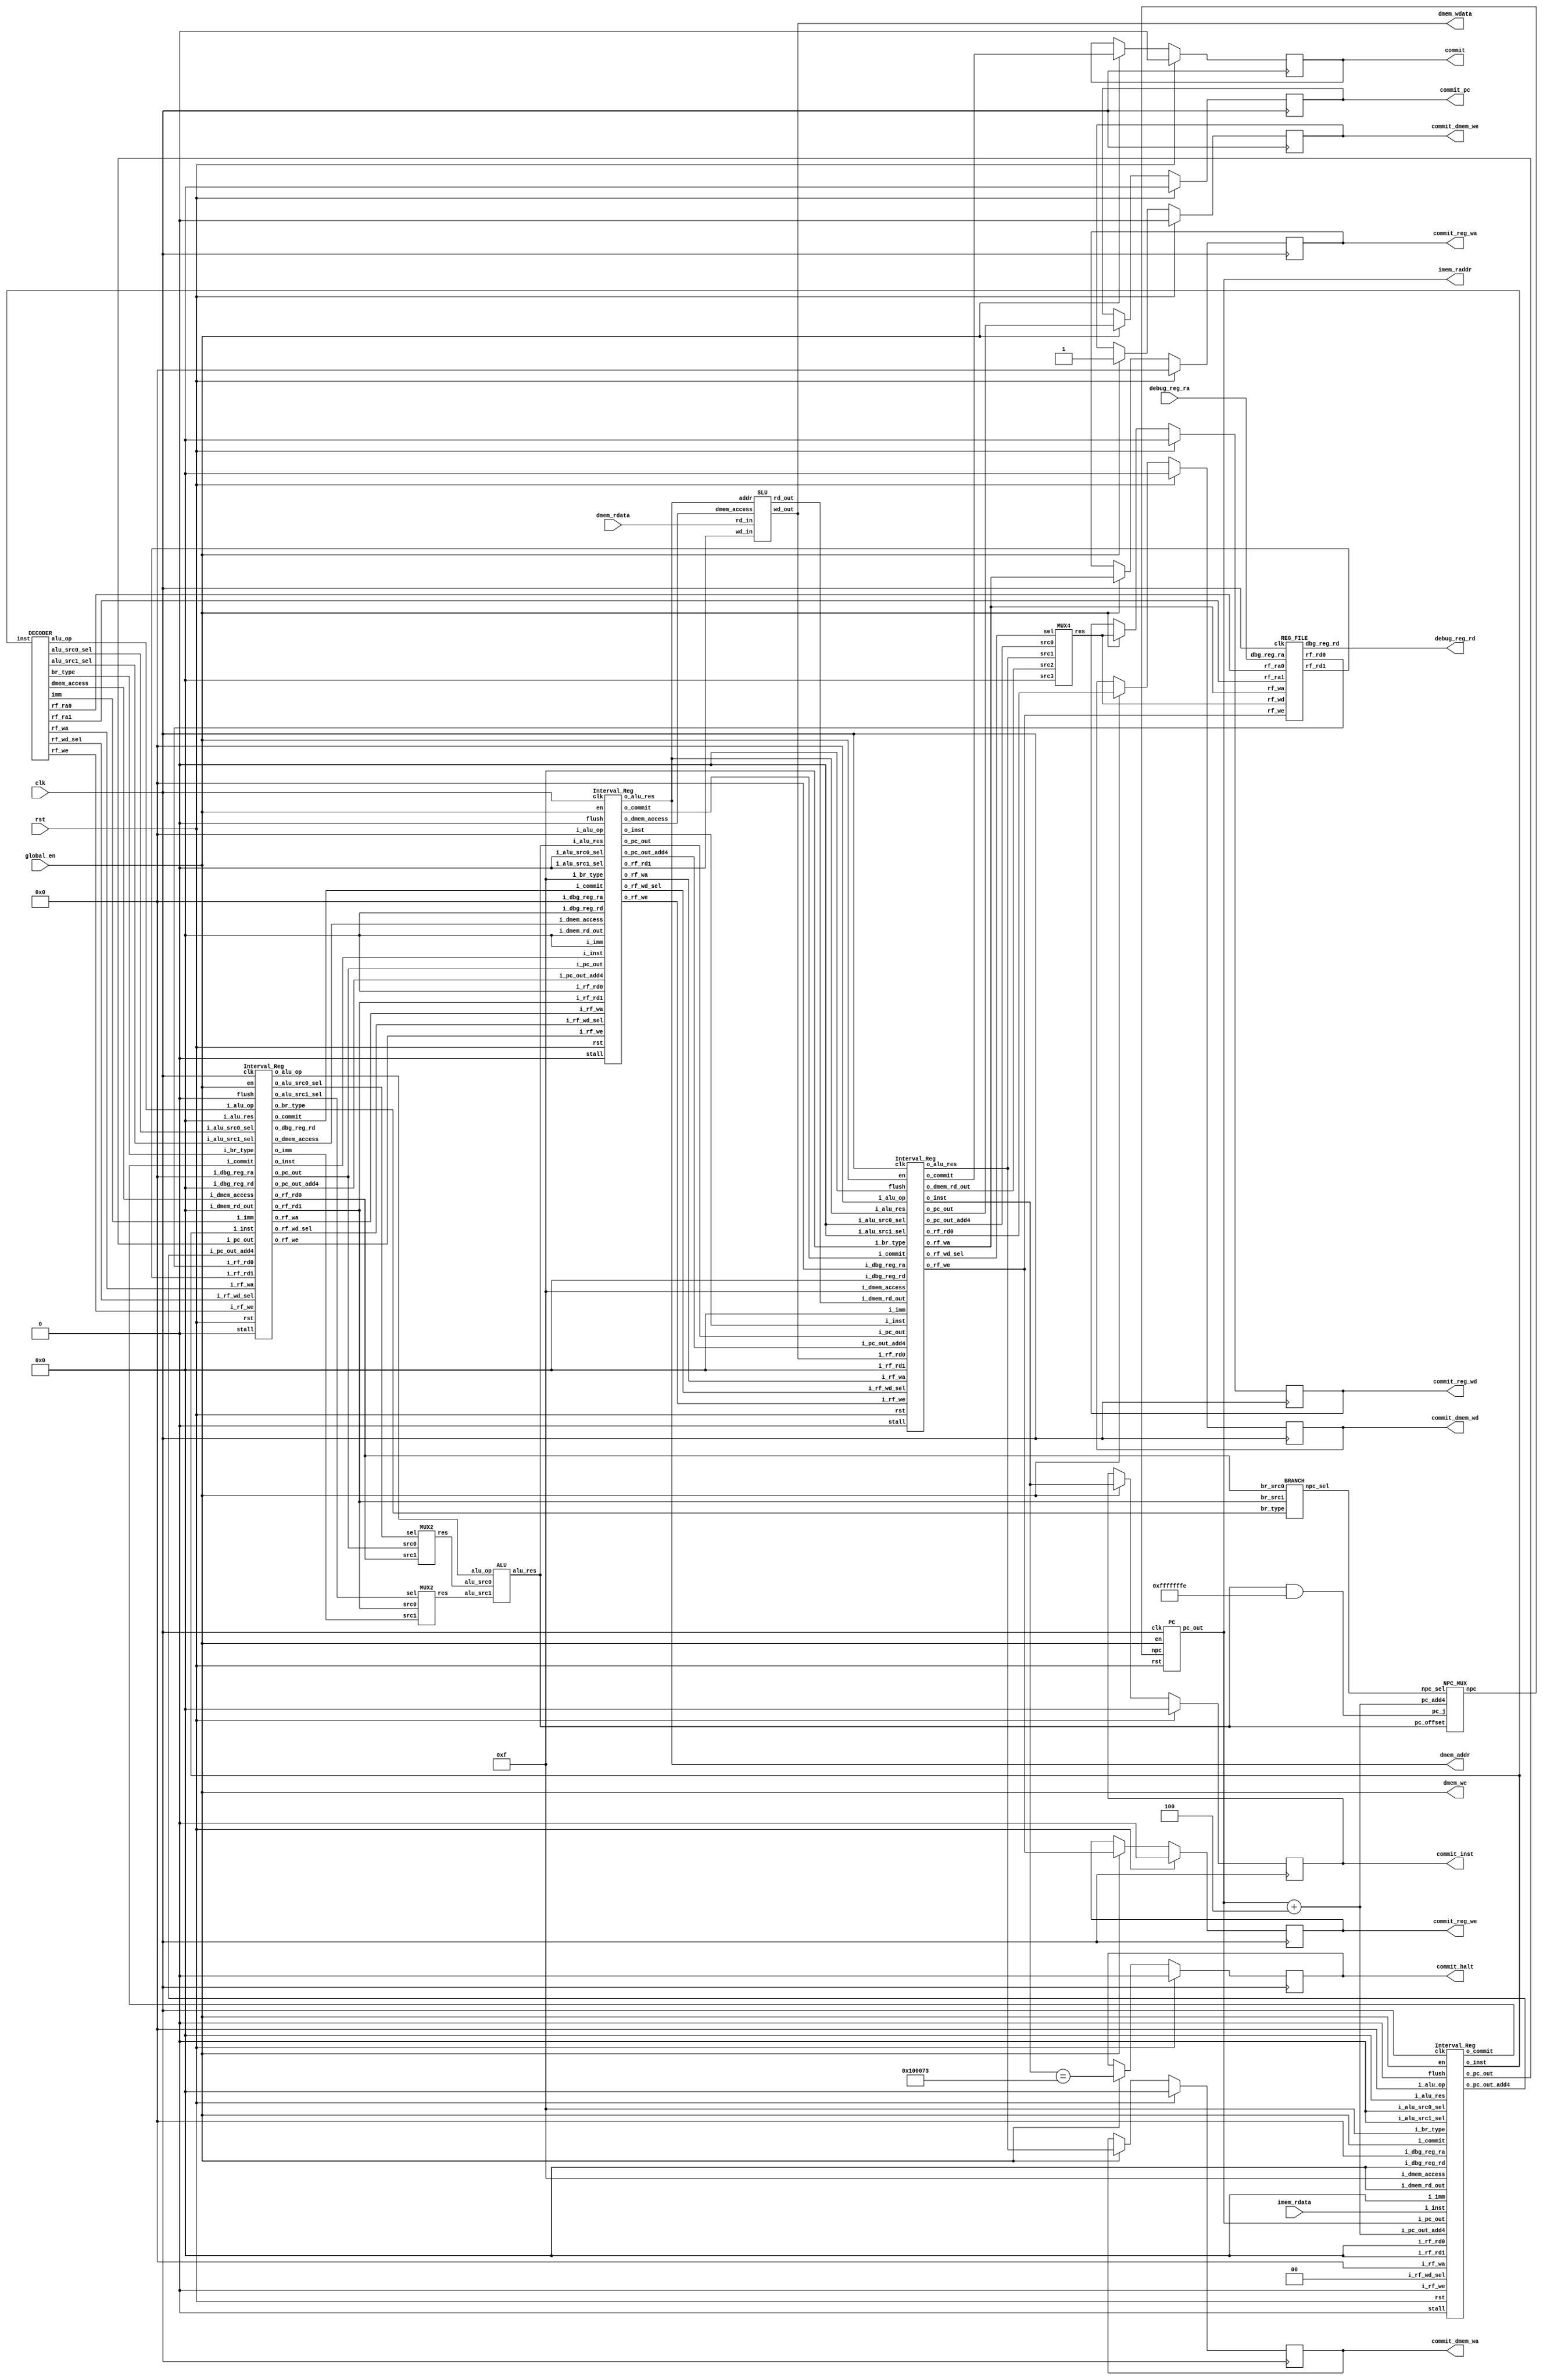
`define ADD                 5'B00000    
`define SUB                 5'B00010   
`define SLT                 5'B00100
`define SLTU                5'B00101
`define AND                 5'B01001
`define OR                  5'B01010
`define XOR                 5'B01011
`define SLL                 5'B01110   
`define SRL                 5'B01111    
`define SRA                 5'B10000  
`define SRC0                5'B10001
`define SRC1                5'B10010
//new
`define jal     4'b1001
`define jalr    4'b1010

`define beq     4'b1000
`define bne     4'b0001
`define blt     4'b0100
`define bge     4'b0101
`define bltu    4'b0110
`define bgeu    4'b0111

`define I_beq     3'b000
`define I_bne     3'b001
`define I_blt     3'b100
`define I_bge     3'b101
`define I_bltu    3'b110
`define I_bgeu    3'b111


`define lb  4'b0000
`define lbu 4'b0001
`define lh  4'b0010
`define lhu 4'b0011
`define lw  4'b0100
`define sb  4'b1000
`define sh  4'b1010
`define sw  4'b1100


module CPU (
    input                   [ 0 : 0]            clk,
    input                   [ 0 : 0]            rst,

    input                   [ 0 : 0]            global_en,

/* ------------------------------ Memory (inst) ----------------------------- */
    output                  [31 : 0]            imem_raddr,
    input                   [31 : 0]            imem_rdata,

/* ------------------------------ Memory (data) ----------------------------- */
    input                   [31 : 0]            dmem_rdata,
    output                  [ 0 : 0]            dmem_we,
    output                  [31 : 0]            dmem_addr,
    output                  [31 : 0]            dmem_wdata,

/* ---------------------------------- Debug --------------------------------- */
    output                  [ 0 : 0]            commit,
    output                  [31 : 0]            commit_pc,
    output                  [31 : 0]            commit_inst,
    output                  [ 0 : 0]            commit_halt,
    output                  [ 0 : 0]            commit_reg_we,
    output                  [ 4 : 0]            commit_reg_wa,
    output                  [31 : 0]            commit_reg_wd,
    output                  [ 0 : 0]            commit_dmem_we,
    output                  [31 : 0]            commit_dmem_wa,
    output                  [31 : 0]            commit_dmem_wd,

    input                   [ 4 : 0]            debug_reg_ra,   // TODO
    output                  [31 : 0]            debug_reg_rd    // TODO
);

//IF
assign dmem_we=global_en;
wire [31:0] pc_out_IF,npc;
PC pc(
    .clk(clk),
    .rst(rst),
    .en(global_en),
    .npc(npc),
    .pc_out(pc_out_IF)
);
assign imem_raddr=pc_out_IF;

wire [31:0] alu_res_EX;
wire [1:0] npc_sel_EX;
NPC_MUX npc_mux(
    .npc_sel(npc_sel_EX),
    .pc_add4(pc_out_IF+4),
    .pc_offset(alu_res_EX),
    .pc_j(alu_res_EX&32'hfffffffe),
    .npc(npc)
);

wire [0:0] flush_IFID,stall_IFID,commit_ID;
wire [31:0] pc_out_ID,pc_out_add4_ID,inst_ID;
Interval_Reg intereg_IFID(
    .rst(rst),
    .en(global_en),
    .flush(1'b0),
    .stall(1'b0),
    .clk(clk),

    .i_pc_out(pc_out_IF),
    .i_pc_out_add4(pc_out_IF+4),
    .i_inst(imem_rdata),

    .i_alu_op(5'b00000),
    .i_dmem_access(4'hf),
    .i_imm(32'h00000000),
    .i_rf_wa(5'b00000),
    .i_rf_we(1'b0),
    .i_rf_wd_sel(2'b00),
    .i_alu_src0_sel(1'b0),
    .i_alu_src1_sel(1'b0),
    .i_br_type(4'hf),

    .i_rf_rd0(32'h00000000),
    .i_rf_rd1(32'h00000000),
    .i_dbg_reg_ra(5'b00000),
    .i_dbg_reg_rd(32'h00000000),

    .i_alu_res(32'h00000000),
    .i_dmem_rd_out(32'h00000000),
    .i_commit(global_en),

    .o_pc_out(pc_out_ID),
    .o_pc_out_add4(pc_out_add4_ID),
    .o_inst(inst_ID),
    .o_commit(commit_ID)
);

//ID
wire [4:0] alu_op_ID,rf_ra0,rf_ra1,rf_wa_ID;
wire [31 : 0] imm_ID;
wire [0:0] rf_we_ID,alu_src0_sel_ID,alu_src1_sel_ID;
wire [3:0] dmem_access_ID,br_type_ID;
wire [1:0] rf_wd_sel_ID;
DECODER decoder(
    .inst(inst_ID),
    .alu_op(alu_op_ID),
    .dmem_access(dmem_access_ID),
    .imm(imm_ID),
    .rf_ra0(rf_ra0),
    .rf_ra1(rf_ra1),
    .rf_wa(rf_wa_ID),
    .rf_we(rf_we_ID),
    .rf_wd_sel(rf_wd_sel_ID),
    .alu_src0_sel(alu_src0_sel_ID),
    .alu_src1_sel(alu_src1_sel_ID),
    .br_type(br_type_ID)
);

wire [31:0] rf_wd_mux_outdata_WB,rf_rd0_ID,rf_rd1_ID;
wire [0:0]  rf_we_WB;
wire [4:0]  rf_wa_WB;
REG_FILE reg_file(
    .clk(clk),
    .rf_ra0(rf_ra0),
    .rf_ra1(rf_ra1),
    .rf_wa(rf_wa_WB),
    .rf_we(rf_we_WB),
    .rf_wd(rf_wd_mux_outdata_WB),
    .rf_rd0(rf_rd0_ID),
    .rf_rd1(rf_rd1_ID),
    .dbg_reg_ra(debug_reg_ra),
    .dbg_reg_rd(debug_reg_rd)
);

wire [31:0] pc_out_EX,pc_out_add4_EX,imm_EX,rf_rd0_EX,rf_rd1_EX,dbg_reg_rd_EX,inst_EX;
wire [4:0]  alu_op_EX,rf_wa_EX;
wire [3:0]  dmem_access_EX,br_type_EX;
wire [1:0]  rf_wd_sel_EX;
wire [0:0]  rf_we_EX,alu_src0_sel_EX,alu_src1_sel_EX,commit_EX;
Interval_Reg intereg_IDEX(
    .rst(rst),
    .en(global_en),
    .flush(1'b0),
    .stall(1'b0),
    .clk(clk),

    .i_pc_out(pc_out_ID),
    .i_pc_out_add4(pc_out_add4_ID),
    .i_inst(inst_ID),

    .i_alu_op(alu_op_ID),
    .i_dmem_access(dmem_access_ID),
    .i_imm(imm_ID),
    .i_rf_wa(rf_wa_ID),
    .i_rf_we(rf_we_ID),
    .i_rf_wd_sel(rf_wd_sel_ID),
    .i_alu_src0_sel(alu_src0_sel_ID),
    .i_alu_src1_sel(alu_src1_sel_ID),
    .i_br_type(br_type_ID),

    .i_rf_rd0(rf_rd0_ID),
    .i_rf_rd1(rf_rd1_ID),
    .i_dbg_reg_ra(5'b00000),
    .i_dbg_reg_rd(32'b00000000),

    .i_alu_res(32'h00000000),
    .i_dmem_rd_out(32'h00000000),
    .i_commit(commit_ID),

    .o_pc_out(pc_out_EX),
    .o_pc_out_add4(pc_out_add4_EX),

    .o_alu_op(alu_op_EX),
    .o_dmem_access(dmem_access_EX),
    .o_inst(inst_EX),
    .o_imm(imm_EX),
    .o_rf_wa(rf_wa_EX),
    .o_rf_we(rf_we_EX),
    .o_rf_wd_sel(rf_wd_sel_EX),
    .o_alu_src0_sel(alu_src0_sel_EX),
    .o_alu_src1_sel(alu_src1_sel_EX),
    .o_br_type(br_type_EX),

    .o_rf_rd0(rf_rd0_EX),
    .o_rf_rd1(rf_rd1_EX),
    .o_dbg_reg_rd(dbg_reg_rd_EX),
    .o_commit(commit_EX)
);

//EX
wire [31:0] alu_src0,alu_src1;
MUX2 mux0(
    .src0(pc_out_EX),
    .src1(rf_rd0_EX),
    .sel(alu_src0_sel_EX),
    .res(alu_src0)
);
MUX2 mux1(
    .src0(rf_rd1_EX),
    .src1(imm_EX),
    .sel(alu_src1_sel_EX),
    .res(alu_src1)
);

BRANCH branch(
    .br_type(br_type_EX),
    .br_src0(rf_rd0_EX),
    .br_src1(rf_rd1_EX),
    .npc_sel(npc_sel_EX)
);

ALU alu(
    .alu_op(alu_op_EX),
    .alu_src0(alu_src0),
    .alu_src1(alu_src1),
    .alu_res(alu_res_EX)
);

wire [31:0] alu_res_MEM,pc_out_MEM,pc_out_add4_MEM,rf_rd1_MEM,inst_MEM;
wire [4:0]  rf_wa_MEM;
wire [3:0]  dmem_access_MEM;
wire [1:0]  rf_wd_sel_MEM;
wire [0:0]  rf_we_MEM,commit_MEM;
Interval_Reg intereg_EXMEM(
    .rst(rst),
    .en(global_en),
    .flush(1'b0),
    .stall(1'b0),
    .clk(clk),

    .i_pc_out(pc_out_EX),
    .i_pc_out_add4(pc_out_add4_EX),
    .i_inst(inst_EX),

    .i_alu_op(5'b00000),
    .i_dmem_access(dmem_access_EX),
    .i_imm(32'h00000000),
    .i_rf_wa(rf_wa_EX),
    .i_rf_we(rf_we_EX),
    .i_rf_wd_sel(rf_wd_sel_EX),
    .i_alu_src0_sel(1'b0),
    .i_alu_src1_sel(1'b0),
    .i_br_type(4'hf),

    .i_rf_rd0(32'h00000000),
    .i_rf_rd1(rf_rd1_EX),
    .i_dbg_reg_ra(5'b00000),
    .i_dbg_reg_rd(32'h00000000),

    .i_alu_res(alu_res_EX),
    .i_dmem_rd_out(32'h00000000),
    .i_commit(commit_EX),

    .o_pc_out(pc_out_MEM),
    .o_pc_out_add4(pc_out_add4_MEM),
    .o_inst(inst_MEM),

    .o_dmem_access(dmem_access_MEM),
    .o_rf_wa(rf_wa_MEM),
    .o_rf_we(rf_we_MEM),
    .o_rf_wd_sel(rf_wd_sel_MEM),
    .o_rf_rd1(rf_rd1_MEM),
    .o_alu_res(alu_res_MEM),
    .o_commit(commit_MEM)
);

//MEM
wire [31:0] dmem_wdata_slu,dmem_rd_out_MEM;
SLU slu(
    .addr(alu_res_MEM),
    .dmem_access(dmem_access_MEM),
    .rd_in(dmem_rdata),
    .rd_out(dmem_rd_out_MEM),
    .wd_in(rf_rd1_MEM),
    .wd_out(dmem_wdata_slu)
);
assign dmem_wdata=dmem_wdata_slu;
assign dmem_addr=alu_res_MEM;

wire [31:0] alu_res_WB,pc_out_WB,pc_out_add4_WB,inst_WB,dmem_rd_out_WB,dmem_addr_WB,dmem_wdata_WB;
wire [1:0]  rf_wd_sel_WB;
wire [0:0]  commit_WB;
Interval_Reg intereg_MEMWB(
    .rst(rst),
    .en(global_en),
    .flush(1'b0),
    .stall(1'b0),
    .clk(clk),

    .i_pc_out(pc_out_MEM),
    .i_pc_out_add4(pc_out_add4_MEM),
    .i_inst(inst_MEM),

    .i_alu_op(5'b00000),
    .i_dmem_access(4'hf),
    .i_imm(32'h00000000),
    .i_rf_wa(rf_wa_MEM),
    .i_rf_we(rf_we_MEM),
    .i_rf_wd_sel(rf_wd_sel_MEM),
    .i_alu_src0_sel(1'b0),
    .i_alu_src1_sel(1'b0),
    .i_br_type(4'hf),

    .i_rf_rd0(dmem_wdata_slu),//
    .i_rf_rd1(32'h00000000),
    .i_dbg_reg_ra(5'b00000),
    .i_dbg_reg_rd(32'h00000000),

    .i_alu_res(alu_res_MEM),
    .i_dmem_rd_out(dmem_rd_out_MEM),
    .i_commit(commit_MEM),

    .o_pc_out(pc_out_WB),
    .o_pc_out_add4(pc_out_add4_WB),
    .o_inst(inst_WB),

    .o_rf_rd0(dmem_wdata_WB),//

    .o_rf_wa(rf_wa_WB),
    .o_rf_we(rf_we_WB),
    .o_rf_wd_sel(rf_wd_sel_WB),
    .o_alu_res(alu_res_WB),
    .o_dmem_rd_out(dmem_rd_out_WB),
    .o_commit(commit_WB)
);

//WB
MUX4 rf_wd_mux(
    .src0(pc_out_add4_WB),
    .src1(alu_res_WB),
    .src2(dmem_rd_out_WB),
    .src3(32'h00000000),
    .sel(rf_wd_sel_WB),
    .res(rf_wd_mux_outdata_WB)
);



    // Commit
    reg  [ 0 : 0]   commit_reg          ;
    reg  [31 : 0]   commit_pc_reg       ;
    reg  [31 : 0]   commit_inst_reg     ;
    reg  [ 0 : 0]   commit_halt_reg     ;
    reg  [ 0 : 0]   commit_reg_we_reg   ;
    reg  [ 4 : 0]   commit_reg_wa_reg   ;
    reg  [31 : 0]   commit_reg_wd_reg   ;
    reg  [ 0 : 0]   commit_dmem_we_reg  ;
    reg  [31 : 0]   commit_dmem_wa_reg  ;
    reg  [31 : 0]   commit_dmem_wd_reg  ;

    // Commit
    always @(posedge clk) begin
        if (rst) begin
            commit_reg          <= 1'B0;
            commit_pc_reg       <= 32'H0;
            commit_inst_reg     <= 32'H0;
            commit_halt_reg     <= 1'B0;
            commit_reg_we_reg   <= 1'B0;
            commit_reg_wa_reg   <= 5'H0;
            commit_reg_wd_reg   <= 32'H0;
            commit_dmem_we_reg  <= 1'B0;
            commit_dmem_wa_reg  <= 32'H0;
            commit_dmem_wd_reg  <= 32'H0;
        end
        else if (global_en) begin
            commit_reg          <= commit_WB;
            commit_pc_reg       <= pc_out_WB;   // TODO
            commit_inst_reg     <= inst_WB;   // TODO
            commit_halt_reg     <= inst_WB==32'h00100073;   // TODO
            commit_reg_we_reg   <= rf_we_WB;   // TODO
            commit_reg_wa_reg   <= rf_wa_WB;   // TODO
            commit_reg_wd_reg   <= rf_wd_mux_outdata_WB;   // TODO
            commit_dmem_we_reg  <= global_en;   // TODO
            commit_dmem_wa_reg  <= alu_res_WB;   // TODO
            commit_dmem_wd_reg  <= dmem_wdata_WB;   // TODO
        end
    end

    assign commit           = commit_reg;
    assign commit_pc        = commit_pc_reg;
    assign commit_inst      = commit_inst_reg;
    assign commit_halt      = commit_halt_reg;
    assign commit_reg_we    = commit_reg_we_reg;
    assign commit_reg_wa    = commit_reg_wa_reg;
    assign commit_reg_wd    = commit_reg_wd_reg;
    assign commit_dmem_we   = commit_dmem_we_reg;
    assign commit_dmem_wa   = commit_dmem_wa_reg;
    assign commit_dmem_wd   = commit_dmem_wd_reg;

endmodule


module PC (
    input                   [ 0 : 0]            clk,
    input                   [ 0 : 0]            rst,
    input                   [ 0 : 0]            en,
    input                   [31 : 0]            npc,

    output                  [31 : 0]            pc_out
);
reg [31:0] pc;
always @(posedge clk) begin
    if(rst)
        pc<=32'h00400000;
    else if(en)
        pc<=npc;
end

assign pc_out=pc;

endmodule






module Interval_Reg (
    input                  [ 0 : 0]            rst,
    input                  [ 0 : 0]            en,
    input                  [ 0 : 0]            flush,
    input                  [ 0 : 0]            stall,
    input                  [ 0 : 0]            clk,
    //pc
    input                  [31 : 0]            i_pc_out,
    input                  [31 : 0]            i_pc_out_add4,
    input                  [31 : 0]            i_inst,
    //decoder
    input                  [ 4 : 0]            i_alu_op,
    input                  [ 3 : 0]            i_dmem_access,
    input                  [31 : 0]            i_imm,
    input                  [ 4 : 0]            i_rf_wa,
    input                  [ 0 : 0]            i_rf_we,
    input                  [ 1 : 0]            i_rf_wd_sel,
    input                  [ 0 : 0]            i_alu_src0_sel,
    input                  [ 0 : 0]            i_alu_src1_sel,
    input                  [ 3 : 0]            i_br_type,
    //RegFile
    input                   [31 : 0]           i_rf_rd0,
    input                   [31 : 0]           i_rf_rd1,
    input                   [ 4 : 0]           i_dbg_reg_ra,
    input                   [31 : 0]           i_dbg_reg_rd,
    //ALU
    input                   [31 : 0]           i_alu_res,
    //SLU
    input                   [31 : 0]           i_dmem_rd_out,
    //commit
    input                   [ 0 : 0]           i_commit,



    output                  [31 : 0]           o_pc_out,
    output                  [31 : 0]           o_pc_out_add4,
    output                  [31 : 0]           o_inst,
    //decoder
    output                  [ 4 : 0]           o_alu_op,
    output                  [ 3 : 0]           o_dmem_access,
    output                  [31 : 0]           o_imm,
    output                  [ 4 : 0]           o_rf_wa,
    output                  [ 0 : 0]           o_rf_we,
    output                  [ 1 : 0]           o_rf_wd_sel,
    output                  [ 0 : 0]           o_alu_src0_sel,
    output                  [ 0 : 0]           o_alu_src1_sel,
    output                  [ 3 : 0]           o_br_type,
    //RegFile
    output                   [31 : 0]          o_rf_rd0,
    output                   [31 : 0]          o_rf_rd1,
    output                   [ 4 : 0]          o_dbg_reg_ra,
    output                   [31 : 0]          o_dbg_reg_rd,
    //ALU
    output                   [31 : 0]          o_alu_res,
    //SLU
    output                   [31 : 0]          o_dmem_rd_out,
    //commit
    output                   [ 0 : 0]          o_commit
);

    reg                  [31 : 0]            pc_out;
    reg                  [31 : 0]            pc_out_add4;
    reg                  [31 : 0]            inst;
    //decoder
    reg                  [ 4 : 0]            alu_op;
    reg                  [ 3 : 0]            dmem_access;
    reg                  [31 : 0]            imm;
    reg                  [ 4 : 0]            rf_wa;
    reg                  [ 0 : 0]            rf_we;
    reg                  [ 1 : 0]            rf_wd_sel;
    reg                  [ 0 : 0]            alu_src0_sel;
    reg                  [ 0 : 0]            alu_src1_sel;
    reg                  [ 3 : 0]            br_type;
    //RegFile
    reg                   [31 : 0]           rf_rd0;
    reg                   [31 : 0]           rf_rd1;
    reg                   [ 4 : 0]           dbg_reg_ra;
    reg                   [31 : 0]           dbg_reg_rd;
    //ALU
    reg                   [31 : 0]           alu_res;
    //SLU
    reg                   [31 : 0]           dmem_rd_out;
    //commit
    reg                   [ 0 : 0]           commit;

    assign o_pc_out=pc_out;
    assign o_pc_out_add4=pc_out_add4;
    assign o_inst=inst;

    assign o_alu_op=alu_op;
    assign o_dmem_access=dmem_access;
    assign o_imm=imm;
    assign o_rf_wa=rf_wa;
    assign o_rf_we=rf_we;
    assign o_rf_wd_sel=rf_wd_sel;
    assign o_alu_src0_sel=alu_src0_sel;
    assign o_alu_src1_sel=alu_src1_sel;
    assign o_br_type=br_type;

    assign o_rf_rd0=rf_rd0;
    assign o_rf_rd1=rf_rd1;
    assign o_dbg_reg_ra=dbg_reg_ra;
    assign o_dbg_reg_rd=dbg_reg_rd;

    assign o_alu_res=alu_res;
    assign o_dmem_rd_out=dmem_rd_out;

    assign o_commit=commit;

always @(posedge clk) begin
    if (rst) begin
        // rst 
        pc_out<=32'h00000000;
        pc_out_add4<=32'h00000000;
        inst<=32'h00000000;
        //decoder
        alu_op<=5'b00000;
        dmem_access<=4'hf;
        imm<=32'h00000000;
        rf_wa<=5'b00000;
        rf_we<=1'b0;
        rf_wd_sel<=2'b00;
        alu_src0_sel<=1'b0;
        alu_src1_sel<=1'b0;
        br_type<=4'b0000;
        //RegFile
        rf_rd0<=32'h00000000;
        rf_rd1<=32'h00000000;
        dbg_reg_ra<=5'b00000;
        dbg_reg_rd<=32'h00000000;
        //ALU
        alu_res<=5'b00000;
        //SLU
        dmem_rd_out<=32'h00000000;
        //commit
        commit<=1'b0;
    end
    else if (en) begin
        // flush  stall , flush 
        if(flush)begin
            pc_out<=32'h00000000;
            pc_out_add4<=32'h00000000;
            inst<=32'h00000000;
            //decoder
            alu_op<=5'b00000;
            dmem_access<=4'hf;
            imm<=32'h00000000;
            rf_wa<=5'b00000;
            rf_we<=1'b0;
            rf_wd_sel<=2'b00;
            alu_src0_sel<=1'b0;
            alu_src1_sel<=1'b0;
            br_type<=4'b0000;
            //RegFile
            rf_rd0<=32'h00000000;
            rf_rd1<=32'h00000000;
            dbg_reg_ra<=5'b00000;
            dbg_reg_rd<=32'h00000000;
            //ALU
            alu_res<=5'b00000;
            //SLU
            dmem_rd_out<=32'h00000000;
            //commit
            commit<=1'b0;
        end
        else if(stall)begin
            pc_out<=pc_out;
            pc_out_add4<=pc_out_add4;
            inst<=inst;
            //decoder
            alu_op<=alu_op;
            dmem_access<=dmem_access;
            imm<=imm;
            rf_wa<=rf_wa;
            rf_we<=rf_we;
            rf_wd_sel<=rf_wd_sel;
            alu_src0_sel<=alu_src0_sel;
            alu_src1_sel<=alu_src1_sel;
            br_type<=br_type;
            //RegFile
            rf_rd0<=rf_rd0;
            rf_rd1<=rf_rd1;
            dbg_reg_ra<=dbg_reg_ra;
            dbg_reg_rd<=dbg_reg_rd;
            //ALU
            alu_res<=alu_res;
            //SLU
            dmem_rd_out<=dmem_rd_out;
            //commit
            commit<=commit;
        end
        else begin
            pc_out<=i_pc_out;
            pc_out_add4<=i_pc_out_add4;
            inst<=i_inst;
            //decoder
            alu_op<=i_alu_op;
            dmem_access<=i_dmem_access;
            imm<=i_imm;
            rf_wa<=i_rf_wa;
            rf_we<=i_rf_we;
            rf_wd_sel<=i_rf_wd_sel;
            alu_src0_sel<=i_alu_src0_sel;
            alu_src1_sel<=i_alu_src1_sel;
            br_type<=i_br_type;
            //RegFile
            rf_rd0<=i_rf_rd0;
            rf_rd1<=i_rf_rd1;
            dbg_reg_ra<=i_dbg_reg_ra;
            dbg_reg_rd<=i_dbg_reg_rd;
            //ALU
            alu_res<=i_alu_res;
            //SLU
            dmem_rd_out<=i_dmem_rd_out;
            //commit
            commit<=i_commit;
        end
    end
end

endmodule


module NPC_MUX # (
    parameter               WIDTH                   = 32
)(
    input                   [WIDTH-1 : 0]           pc_add4,pc_offset,pc_j,
    input                   [      1 : 0]           npc_sel,

    output        reg       [WIDTH-1 : 0]           npc
);

    always @(*) begin
        case (npc_sel)
            2'b00:
                npc = pc_add4; 
            2'b01:
                npc = pc_offset; 
            2'b10:
                npc = pc_j;
        endcase
    end

endmodule


module DECODER (
    input                   [31 : 0]            inst,

    output      reg         [ 4 : 0]            alu_op,

    output      reg         [ 3 : 0]            dmem_access,

    output      reg         [31 : 0]            imm,

    output                  [ 4 : 0]            rf_ra0,
    output                  [ 4 : 0]            rf_ra1,
    output                  [ 4 : 0]            rf_wa,
    output                  [ 0 : 0]            rf_we,
    output                  [ 1 : 0]            rf_wd_sel,

    output                  [ 0 : 0]            alu_src0_sel,
    output                  [ 0 : 0]            alu_src1_sel,

    output                  [ 3 : 0]            br_type
);

reg [4:0] rf_ra0_reg,rf_ra1_reg,rf_wa_reg;
reg [3:0] br_type_reg;
reg [0:0] rf_we_reg,alu_src0_sel_reg,alu_src1_sel_reg;
reg [1:0] rf_wd_sel_reg;

always @(*) begin

    case (inst[6:0])
        7'b0110011:begin//R-Type
            imm<=32'h00000000;

            rf_ra0_reg<=inst[19:15];
            rf_ra1_reg<=inst[24:20];
            rf_wa_reg<=inst[11:7];
            rf_we_reg<=1'b1;

            alu_src0_sel_reg=1'b1;
            alu_src1_sel_reg=1'b0;
            //new
            dmem_access=4'hf;
            rf_wd_sel_reg=2'b01;
            br_type_reg=4'hf;

            case (inst[14:12])
                3'b000:begin//add,sub,
                    case (inst[31:25])
                        7'b0000000:begin//add
                            alu_op=`ADD;
                        end 
                        7'b0100000:begin//sub
                            alu_op=`SUB;
                        end
                    endcase
                end 
                3'b001:begin//sll
                    alu_op=`SLL;
                end
                3'b010:begin//slt
                    alu_op=`SLT;                   
                end
                3'b011:begin//sltu
                    alu_op=`SLTU;                   
                end
                3'b100:begin//xor
                    alu_op=`XOR;
                end
                3'b101:begin//srl,sra
                    case (inst[31:25])
                        7'b0000000:begin//srl
                            alu_op=`SRL;
                        end
                        7'b0100000:begin//sra
                            alu_op=`SRA;
                        end 
                    endcase
                end
                3'b110:begin//or
                    alu_op=`OR;
                end
                3'b111:begin//and
                    alu_op=`AND;
                end
            endcase
        end
        7'b0010011:begin//I-Type
            rf_ra0_reg<=inst[19:15];
            rf_ra1_reg<=5'b00000;
            rf_wa_reg<=inst[11:7];
            rf_we_reg<=1'b1;

            alu_src0_sel_reg=1'b1;
            alu_src1_sel_reg=1'b1;            
            //new
            dmem_access=4'hf;
            rf_wd_sel_reg=2'b01;
            br_type_reg=4'hf;

            case (inst[14:12])
                3'b000:begin//addi
                    alu_op=`ADD;
                    imm={{20{inst[31:31]}},inst[31:20]};
                end
                3'b010:begin//slti
                    alu_op=`SLT;
                    imm={{20{inst[31:31]}},inst[31:20]};
                end
                3'b011:begin//sltiu
                    alu_op=`SLTU;
                    imm={{20{inst[31:31]}},inst[31:20]};
                end 
                3'b100:begin//xori
                    alu_op=`XOR;
                    imm={{20{inst[31:31]}},inst[31:20]};
                end
                3'b110:begin//ori
                    alu_op=`OR;
                    imm={{20{inst[31:31]}},inst[31:20]};
                end
                3'b111:begin//andi
                    alu_op=`AND;
                    imm={{20{inst[31:31]}},inst[31:20]};
                end
                3'b001:begin//slli
                    alu_op=`SLL;
                    imm={{20{inst[31:31]}},inst[31:20]};
                end
                3'b101:begin//srli,srai
                    case (inst[31:25])
                        7'b0000000: begin//srli
                            alu_op=`SRL;
                            imm={27'b0,inst[24:20]};
                        end
                        7'b0100000:begin//srai
                            alu_op=`SRA;
                            imm={27'b0,inst[24:20]};
                        end
                    endcase
                end
            endcase
        end 
        7'b0110111:begin//lui
            alu_op=`ADD;
            imm={inst[31:12],12'h000};

            rf_ra0_reg<=5'b00000;
            rf_ra1_reg<=5'b00000;
            rf_wa_reg<=inst[11:7];
            rf_we_reg<=1'b1;

            alu_src0_sel_reg=1'b1;
            alu_src1_sel_reg=1'b1;  
            //new
            dmem_access=4'hf;
            rf_wd_sel_reg=2'b01;
            br_type_reg=4'hf;  
        end
        7'b0010111:begin//auipc
            alu_op=`ADD;
            imm={inst[31:12],12'h000};

            rf_ra0_reg<=5'b00000;
            rf_ra1_reg<=5'b00000;
            rf_wa_reg<=inst[11:7];
            rf_we_reg<=1'b1;

            alu_src0_sel_reg=1'b0;
            alu_src1_sel_reg=1'b1; 
            //new
            dmem_access=4'hf;
            rf_wd_sel_reg=2'b01;
            br_type_reg=4'hf;   
        end
        7'b1100011:begin//B-Type
            alu_op=`ADD;
            dmem_access=4'hf;
            imm={{20{inst[31:31]}},inst[7:7],inst[30:25],inst[11:8],1'b0};

            rf_ra0_reg=inst[19:15];
            rf_ra1_reg=inst[24:20];
            rf_wa_reg=5'b00000;
            rf_we_reg=1'b0;
            rf_wd_sel_reg=2'b00;

            alu_src0_sel_reg=1'b0;
            alu_src1_sel_reg=1'b1;

            case (inst[14:12])
                `I_beq:
                    br_type_reg=`beq;
                `I_bne:
                    br_type_reg=`bne;
                `I_blt:
                    br_type_reg=`blt;
                `I_bge:
                    br_type_reg=`bge;
                `I_bltu:
                    br_type_reg=`bltu;
                `I_bgeu:
                    br_type_reg=`bgeu;
            endcase
        end
        7'b1101111:begin//jal
            alu_op=`ADD;
            dmem_access=4'hf;
            imm={{12{inst[31:31]}},inst[19:12],inst[20:20],inst[30:21],1'b0};

            rf_ra0_reg=5'b00000;
            rf_ra1_reg=5'b00000;
            rf_wa_reg=inst[11:7];
            rf_we_reg=1'b1;
            rf_wd_sel_reg=2'b00;

            alu_src0_sel_reg=1'b0;
            alu_src1_sel_reg=1'b1;

            br_type_reg=`jal;

        end
        7'b1100111:begin//jalr
            alu_op=`ADD;
            dmem_access=4'hf;
            imm={{21{inst[31:31]}},inst[30:20]};

            rf_ra0_reg=inst[19:15];
            rf_ra1_reg=5'b00000;
            rf_wa_reg=inst[11:7];
            rf_we_reg=1'b1;
            rf_wd_sel_reg=2'b00;

            alu_src0_sel_reg=1'b1;
            alu_src1_sel_reg=1'b1;

            br_type_reg=`jalr;
            
        end
        7'b0000011:begin//L-Type
            alu_op=`ADD;
            imm={20'h00000,inst[31:20]};

            rf_ra0_reg=inst[19:15];
            rf_ra1_reg=5'b00000;
            rf_wa_reg=inst[11:7];
            rf_we_reg=1'b1;
            rf_wd_sel_reg=2'b10;

            alu_src0_sel_reg=1'b1;
            alu_src1_sel_reg=1'b1;

            br_type_reg=4'hf;

            case (inst[14:12])
                3'b000:begin//lb
                    dmem_access=`lb;
                end 
                3'b001:begin//lh
                    dmem_access=`lh;
                end
                3'b010:begin//lw
                    dmem_access=`lw;
                end
                3'b100:begin//lbu
                    dmem_access=`lbu;
                end
                3'b101:begin//lhu
                    dmem_access=`lhu;
                end
                default:begin
                    dmem_access=4'b1111;
                end
            endcase
        end
        7'b0100011:begin//S-Type
            alu_op=`ADD;
            imm={inst[31:25],inst[11:7]};

            rf_ra0_reg=inst[19:15];
            rf_ra1_reg=inst[24:20];
            rf_wa_reg=5'b00000;
            rf_we_reg=1'b0;
            rf_wd_sel_reg=2'b00;

            alu_src0_sel_reg=1'b1;
            alu_src1_sel_reg=1'b1;

            br_type_reg=4'hf;
            case (inst[14:12])
                3'b000:begin//sb
                    dmem_access=`sb;
                end 
                3'b001:begin//sh
                    dmem_access=`sh;
                end
                3'b010:begin//sw
                    dmem_access=`sw;
                end
                default: begin
                    dmem_access=4'b1111;
                end
            endcase
        end
        default:begin
            alu_op=`ADD;
            dmem_access=4'hf;
            imm=32'h00000000;

            rf_ra0_reg=5'b00000;
            rf_ra1_reg=5'b00000;
            rf_wa_reg=5'b00000;
            rf_we_reg=1'b0;
            rf_wd_sel_reg=2'b00;

            alu_src0_sel_reg=1'b0;
            alu_src1_sel_reg=1'b0;

            br_type_reg=4'hf;
        end
    endcase
end

assign rf_ra0=rf_ra0_reg;
assign rf_ra1=rf_ra1_reg;
assign rf_wa=rf_wa_reg;
assign rf_wd_sel=rf_wd_sel_reg;
assign br_type=br_type_reg;
assign rf_we=rf_we_reg;
assign alu_src0_sel=alu_src0_sel_reg;
assign alu_src1_sel=alu_src1_sel_reg;

endmodule

module REG_FILE (
    input                   [ 0 : 0]        clk,

    input                   [ 4 : 0]        rf_ra0,
    input                   [ 4 : 0]        rf_ra1,   
    input                   [ 4 : 0]        rf_wa,
    input                   [ 0 : 0]        rf_we,
    input                   [31 : 0]        rf_wd,

    output        reg          [31 : 0]        rf_rd0,
    output        reg          [31 : 0]        rf_rd1,
    input      [4:0] dbg_reg_ra,
    output reg [31:0] dbg_reg_rd
);

    reg [31 : 0] reg_file [0 : 31];

    // 
    integer i;
    initial begin
        for (i = 0; i < 32; i = i + 1)
            reg_file[i] = 0;
    end

    always @(posedge clk) begin
        if(rf_we&&rf_wa!=0)begin
            reg_file[rf_wa] <= rf_wd;
        end 
        else begin
           reg_file[rf_wa] <= reg_file[rf_wa]; 
        end
    end

    always @(*) begin
        rf_rd0      =   (rf_wa==rf_ra0&&rf_wa!=0)?           rf_wd:reg_file[rf_ra0];
        rf_rd1      =   (rf_wa==rf_ra1&&rf_wa!=0)?           rf_wd:reg_file[rf_ra1];
        dbg_reg_rd  =    reg_file[dbg_reg_ra];
    end

endmodule


module MUX2 # (
    parameter               WIDTH                   = 32
)(
    input                   [WIDTH-1 : 0]           src0, src1,
    input                   [      0 : 0]           sel,

    output                  [WIDTH-1 : 0]           res
);

    assign res = sel ? src1 : src0;

endmodule

module MUX4 # (
    parameter               WIDTH                   = 32
)(
    input                   [WIDTH-1 : 0]           src0, src1, src2, src3,
    input                   [      1 : 0]           sel,

    output                  [WIDTH-1 : 0]           res
);

    assign res = sel[1] ? (sel[0] ? src3 : src2) : (sel[0] ? src1 : src0);

endmodule


module ALU (
    input                   [31 : 0]            alu_src0,
    input                   [31 : 0]            alu_src1,
    input                   [ 4 : 0]            alu_op,

    output      reg         [31 : 0]            alu_res
);

    always @(*) begin
        case(alu_op)
            `ADD  :
                alu_res = alu_src0 + alu_src1;
            `SUB:
                alu_res=alu_src0-alu_src1;
            `SLTU:
                if(alu_src0<alu_src1)
                    alu_res=1;
                else
                    alu_res=0;
            `SLT:
                if(alu_src0[31]==1&&alu_src1[31]==0)
                    alu_res=1;
                else if(alu_src0[31]==0&&alu_src1[31]==1)
                    alu_res=0;
                else if(alu_src0[30:0]<alu_src1[30:0])
                    alu_res=1;
                else
                    alu_res=0;
            `AND:
                alu_res=alu_src0&alu_src1;
            `OR:
                alu_res=alu_src0|alu_src1;
             `XOR:
                alu_res=alu_src0^alu_src1;
            `SLL:
                alu_res=alu_src0<<alu_src1[4:0];
            `SRL:
                alu_res=alu_src0>>alu_src1[4:0];
            `SRA:
                alu_res=($signed(alu_src0))>>>alu_src1[4:0];
            `SRC0:
                alu_res=alu_src0;
            `SRC1:
                alu_res=alu_src1;
            default :
                alu_res = 32'H0;
        endcase
    end
endmodule


module BRANCH(
    input                   [ 3 : 0]            br_type,

    input                   [31 : 0]            br_src0,
    input                   [31 : 0]            br_src1,

    output      reg         [ 1 : 0]            npc_sel
);

always @(*) begin
    case (br_type)          
        `jal:begin
            npc_sel=2'b01;
        end
        `jalr:begin
            npc_sel=2'b10;
        end  
        `beq:begin
            if(br_src0==br_src1)
                npc_sel=2'b01;
            else
                npc_sel=2'b00;
        end
        `bne:begin
            if(br_src0!=br_src1)
                npc_sel=2'b10;
            else
                npc_sel=2'b00;
        end           
        `blt:begin
            if(br_src0[31]==1'b1&&br_src1[31]==1'b0)
                npc_sel=2'b01;
            else if(br_src0[31]==1'b0&&br_src1[31]==1'b1)
                npc_sel=2'b00;
            else if(br_src0[30:0]<br_src1[30:0])
                npc_sel=2'b01;
            else 
                npc_sel=2'b00;
        end
        `bge:begin
            if(br_src0[31]==1'b0&&br_src1[31]==1'b1)
                npc_sel=2'b01;
            else if(br_src0[31]==1'b1&&br_src1[31]==1'b0)
                npc_sel=2'b00;
            else if(br_src0[30:0]>=br_src1[30:0])
                npc_sel=2'b01;
            else 
                npc_sel=2'b00;
        end
        `bltu:begin
            if(br_src0<br_src1)
                npc_sel=2'b01;
            else
                npc_sel=2'b00;
        end
        `bgeu:begin
            if(br_src0>=br_src1)
                npc_sel=2'b01;
            else
                npc_sel=2'b00;
    end
        default:
            npc_sel=2'b00;
    endcase
end

endmodule


module SLU (
    input                   [31 : 0]                addr,
    input                   [ 3 : 0]                dmem_access,

    input                   [31 : 0]                rd_in,
    input                   [31 : 0]                wd_in,

    output      reg         [31 : 0]                rd_out,
    output      reg         [31 : 0]                wd_out
);

always @(*) begin
    case (dmem_access)
        `lb:begin
            wd_out=rd_in;
            case (addr[3:0]%4)
                0:begin
                    rd_out={{24{rd_in[7:7]}},rd_in[7:0]};
                end 
                1:begin
                    rd_out={{24{rd_in[15:15]}},rd_in[15:8]};
                end
                2:begin
                    rd_out={{24{rd_in[23:23]}},rd_in[23:16]};
                end
                3:begin
                    rd_out={{24{rd_in[31:31]}},rd_in[31:24]};
                end
            endcase
        end 
        `lbu:begin
            wd_out=rd_in;
            case (addr[3:0]%4)
                0:begin
                    rd_out={24'h000000,rd_in[7:0]};
                end 
                1:begin
                    rd_out={24'h000000,rd_in[15:8]};
                end
                2:begin
                    rd_out={24'h000000,rd_in[23:16]};
                end
                3:begin
                    rd_out={24'h000000,rd_in[31:24]};
                end
            endcase
        end
        `lh:begin
            wd_out=rd_in;
            case (addr[3:0]%4)
                0:begin
                    rd_out={{16{rd_in[15:15]}},rd_in[15:0]};
                end
                2:begin
                    rd_out={{16{rd_in[31:31]}},rd_in[31:16]};
                end 
                default: begin
                    rd_out=32'hffffffff;
                end
            endcase
        end
        `lhu:begin
            wd_out=wd_in;
            case (addr[3:0]%4)
                0:begin
                    rd_out={16'h0000,rd_in[15:0]};
                end
                2:begin
                    rd_out={16'h0000,rd_in[31:16]};
                end 
                default: begin
                    rd_out=32'hffffffff;
                end
            endcase
        end
        `lw:begin
            wd_out=wd_in;
            case (addr[3:0]%4)
                0:begin
                    rd_out=rd_in;
                end 
                default:begin
                    rd_out=32'hffffffff;
                end 
            endcase
        end
        `sb:begin
            rd_out=32'h00000000;
            case (addr[3:0]%4)
                0:begin
                    wd_out={rd_in[31:8],wd_in[7:0]};
                end 
                1:begin
                    wd_out={rd_in[31:16],wd_in[7:0],rd_in[7:0]};
                end
                2:begin
                    wd_out={rd_in[31:24],wd_in[7:0],rd_in[15:0]};
                end
                3:begin
                    wd_out={rd_in[7:0],rd_in[23:0]};
                end 
            endcase
        end
        `sh:begin
            rd_out=32'h00000000;
            case (addr[3:0]%4)
                0:begin
                    wd_out={rd_in[31:16],wd_in[15:0]};
                end 
                2:begin
                    wd_out={wd_in[31:16],rd_in[15:0]};
                end
                default: begin
                    wd_out=rd_in;
                end
            endcase
        end
        `sw:begin
            rd_out=32'h00000000;
            case (addr[3:0]%4)
                0:begin
                    wd_out=wd_in;
                end 
                default:begin
                    wd_out=rd_in;
                end 
            endcase
        end
        default:begin
            wd_out=rd_in;
            rd_out=32'h00000000;
        end
    endcase
end

endmodule